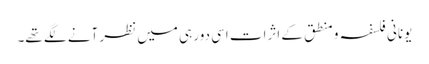
یونانی فلسفہ و منطق کے اثرات اسی دور ہی میں نظر آنے لگے تھے۔